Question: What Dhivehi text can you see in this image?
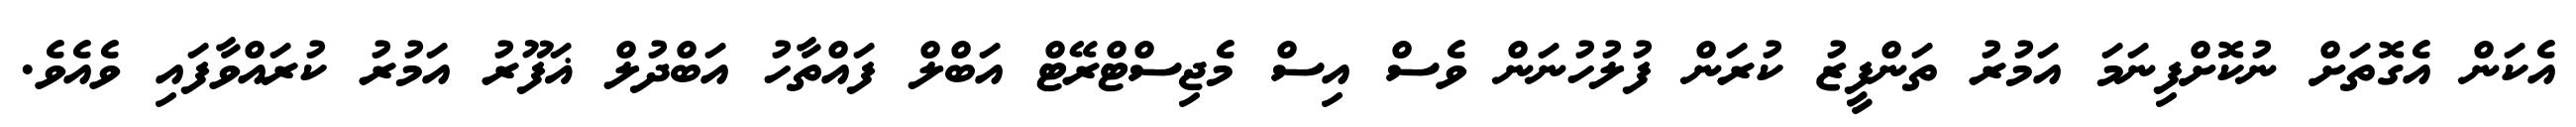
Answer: އެކަން އެގޮތަށް ނުކޮށްފިނަމަ އަމުރު ތަންފީޒު ކުރަން ފުލުހުނަން ވެސް އިސް މެޖިސްޓްރޭޓް އަބްލް ފައްތާހު އަބްދުލް ޣަފޫރު އަމުރު ކުރައްވާފައި ވެއެވެ.